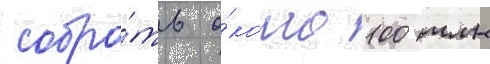
собра́ть о́коло 100 млн